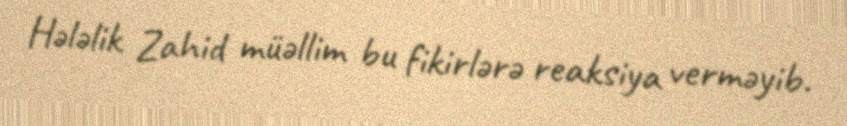
Hələlik Zahid müəllim bu fikirlərə reaksiya verməyib.